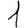
Digit: 1